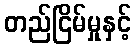
တည်ငြိမ်မှုနှင့်